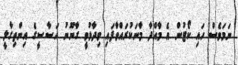
ނަމަވެސް ހައި ކޯޓުން އެ މާއްދާ މާނަކުރައްވާފައި ވިދާޅުވީ ގާނޫނު އަސާސީގެ އިންތިގާލީ